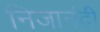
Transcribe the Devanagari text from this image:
निजानंदी